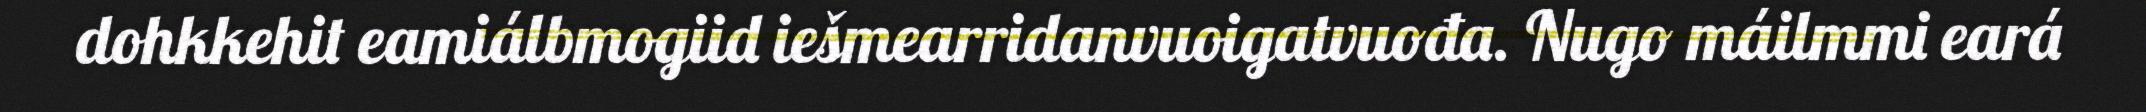
dohkkehit eamiálbmogiid iešmearridanvuoigatvuođa. Nugo máilmmi eará